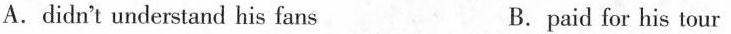
A.didn't understand his fans B. paid for his tour